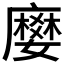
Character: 𭚅